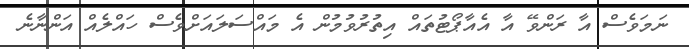
ނަމަވެސް އާ ރަންވޭ އާ އެއާޕޯޓުތައް އިތުރުވުމުން އެ މައްސަލައަށްވެސް ހައްލެއް އަންނާނެ